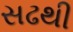
સઢથી